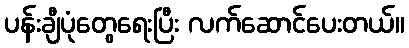
ပန်းချီပုံတွေရေးပြီး လက်ဆောင်ပေးတယ်။